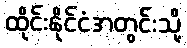
ထိုင်းနိုင်ငံအတွင်းသို့